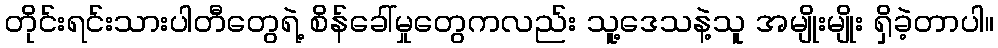
တိုင်းရင်းသားပါတီတွေရဲ့ စိန်ခေါ်မှုတွေကလည်း သူ့ဒေသနဲ့သူ အမျိုးမျိုး ရှိခဲ့တာပါ။